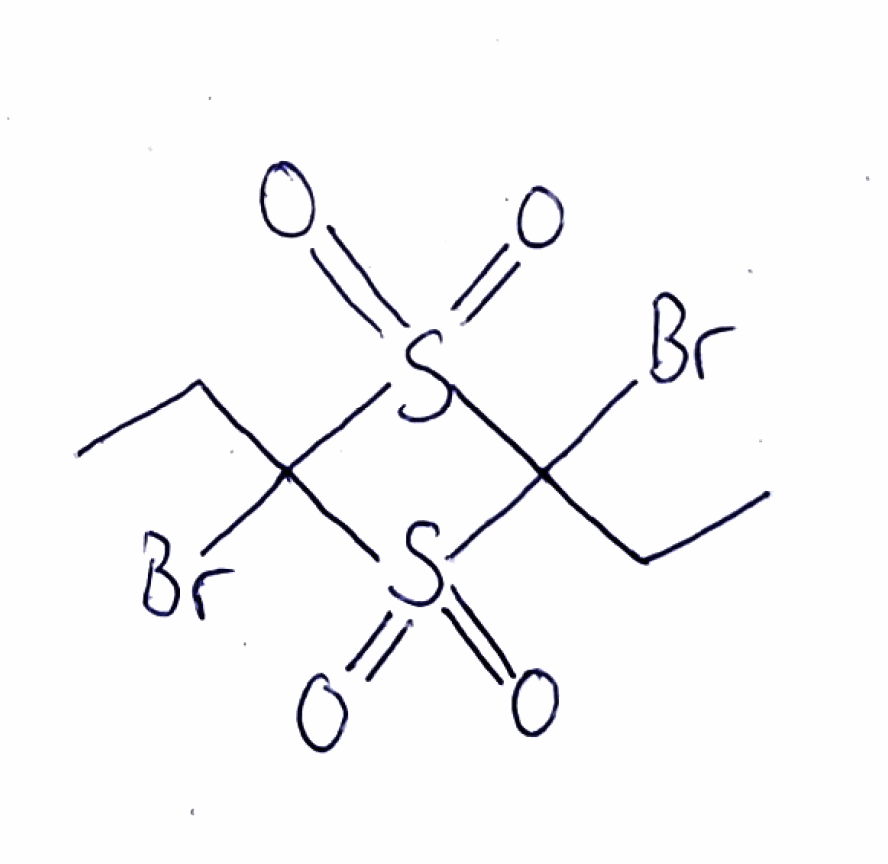
Simplified molecular-input line-entry system (SMILES) notation of the given molecule:
CCC1(S(=O)(=O)C(S1(=O)=O)(CC)Br)Br